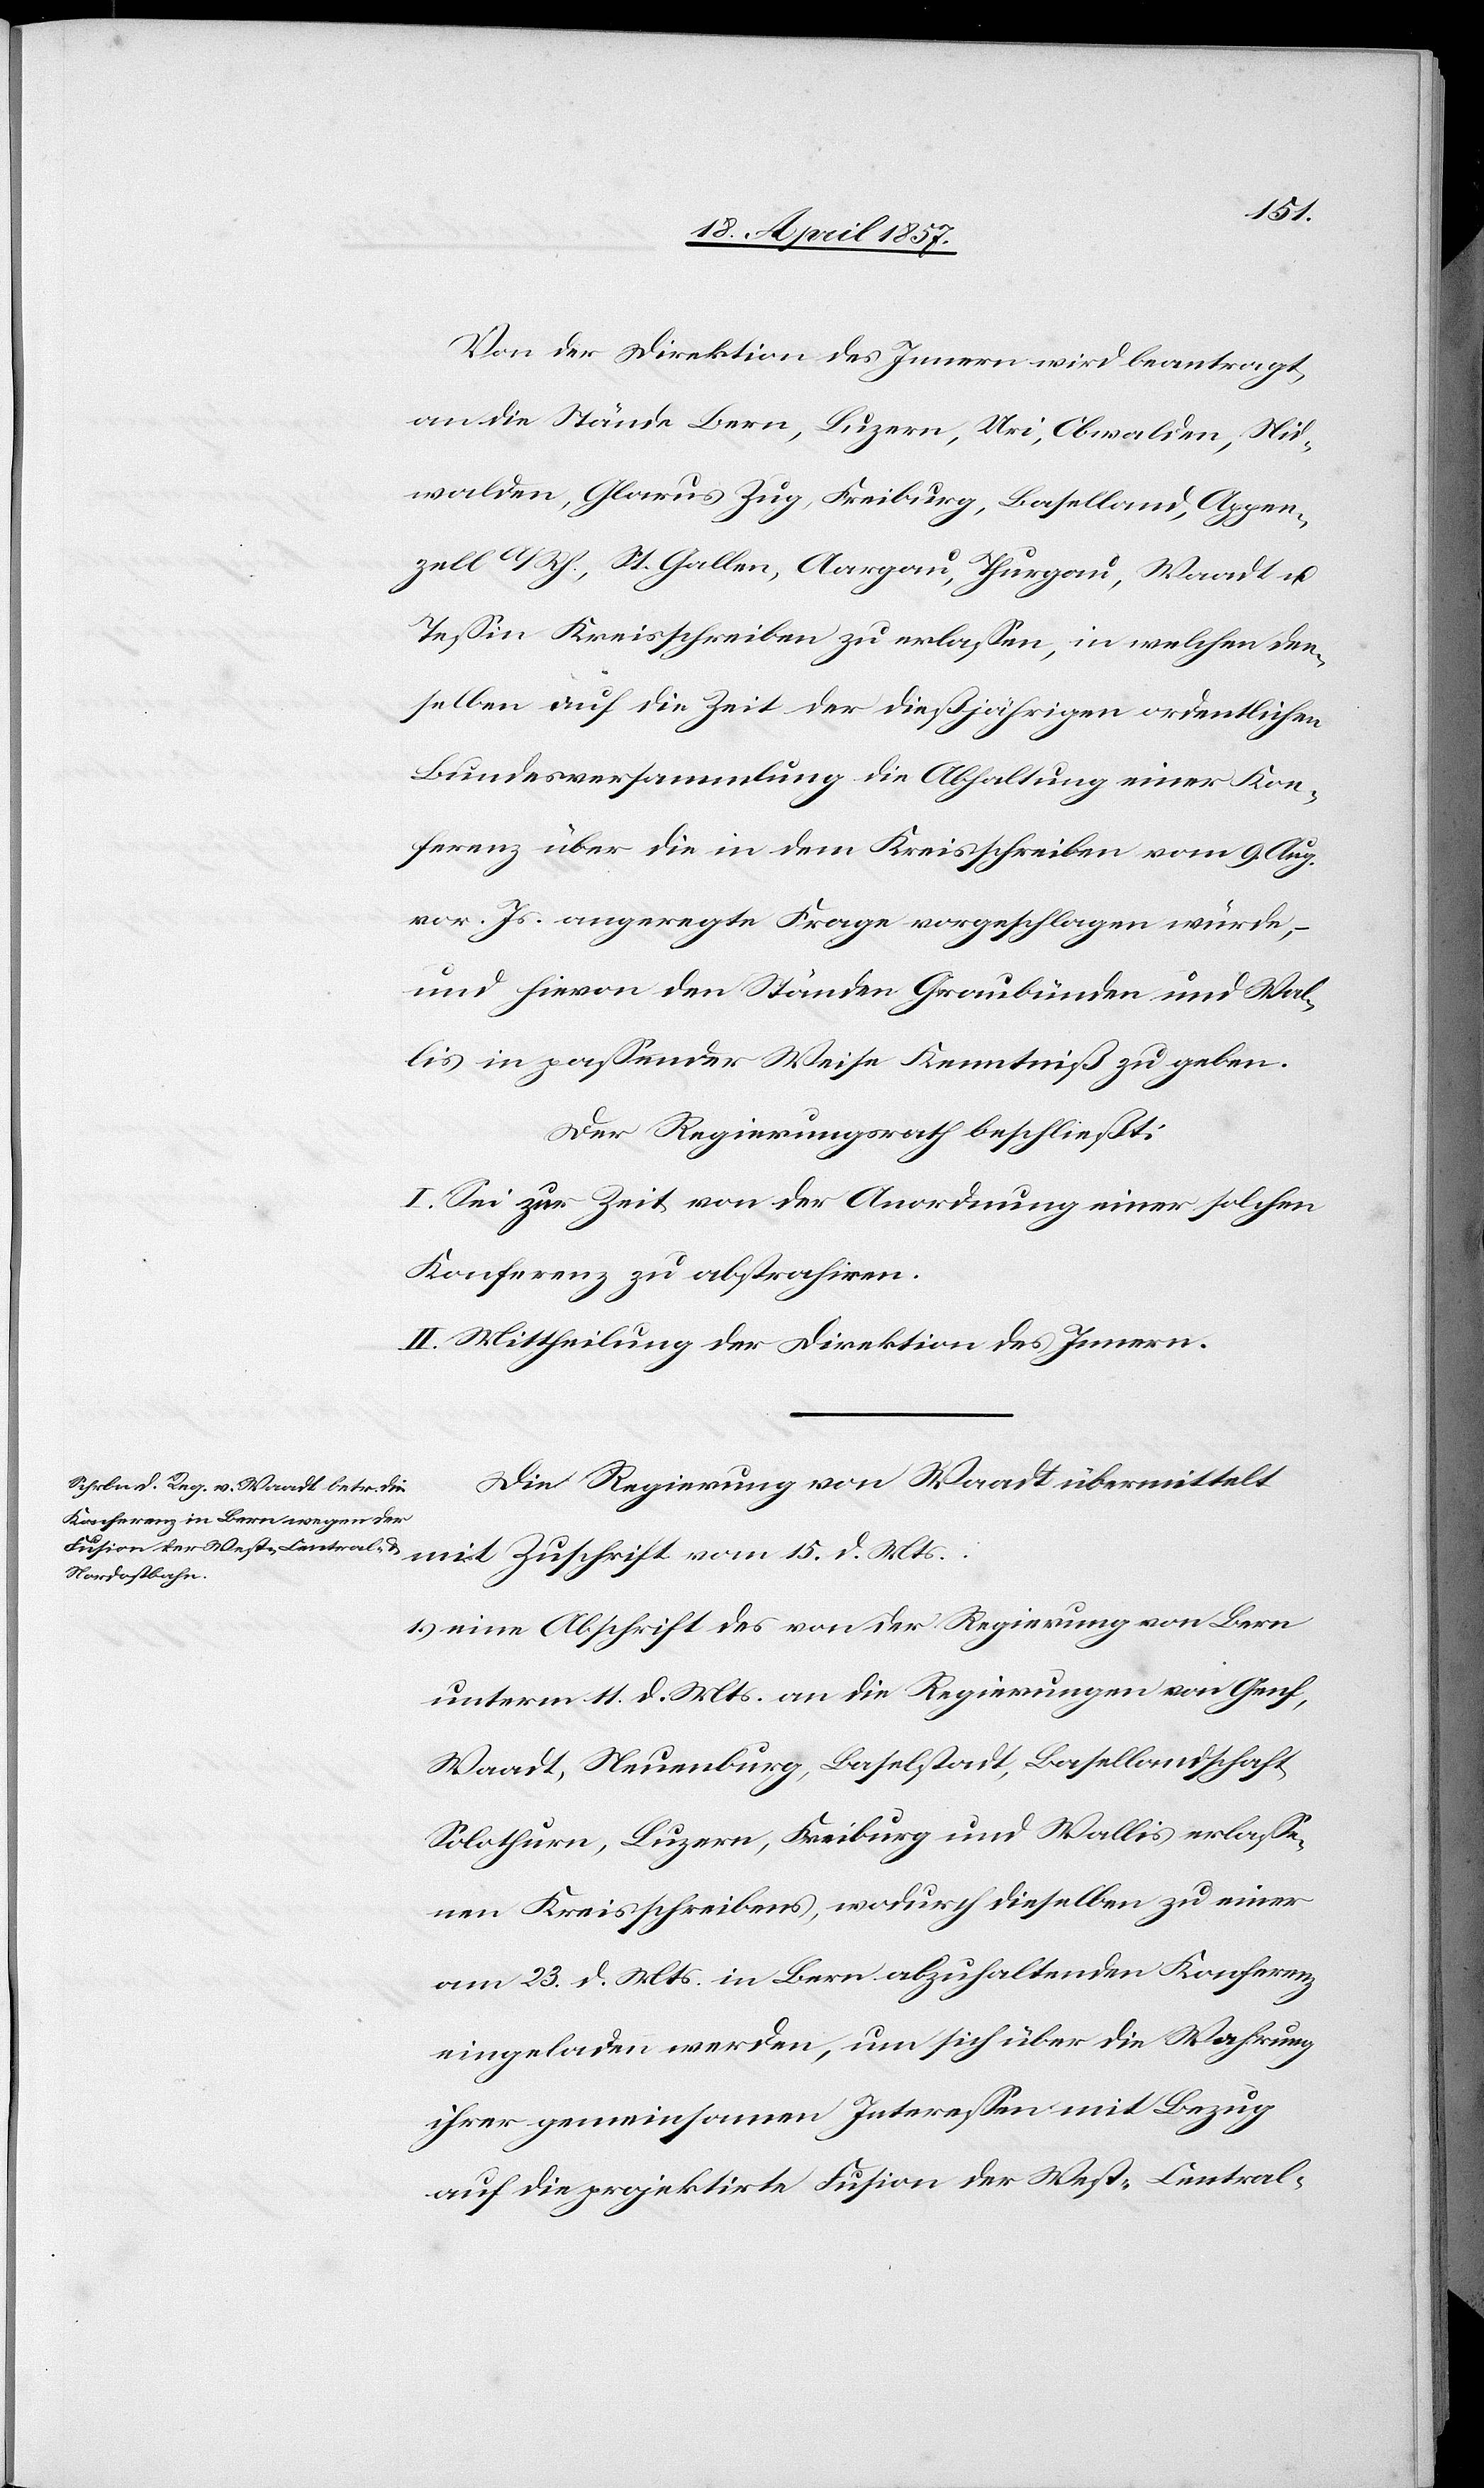
Von der Direktion des Innern wird beantragt,
an die Stände Bern, Luzern, Uri, Obwalden, Nid¬
walden, Glarus[,] Zug, Freiburg, Baselland, Appen¬
zell A/Rh., St. Gallen, Aargau, Thurgau, Waadt u.
Tessin Kreisschreiben zu erlassen, in welchen den¬
selben auf die Zeit der dießjährigen ordentlichen
Bundesversammlung die Abhaltung einer Kon¬
ferenz über die in dem Kreisschreiben vom 9. Aug.
vor. Js. angeregte Frage vorgeschlagen würde,
und hievon den Ständen Graubünden und Wal¬
lis in passender Weise Kenntniß zu geben.
Der Regierungsrath beschließt:
I. Sei zur Zeit von der Anordnung einer solchen
Konferenz zu abstrahiren.
II. Mittheilung der Direktion des Innern.
Die Regierung von Waadt übermittelt
mit Zuschrift vom 15. d. Mts.:
1.) eine Abschrift des von der Regierung von Bern
unterm 11. d. Mts. an die Regierungen von Genf,
Waadt, Neuenburg, Baselstadt, Basellandschaft,
Solothurn, Luzern, Freiburg und Wallis erlasse¬
nen Kreisschreibens, wodurch dieselben zu einer
am 23. d. Mts. in Bern abzuhaltenden Konferenz
eingeladen werden, um sich über die Wahrung
ihrer gemeinsamen Interessen mit Bezug
auf die projektirte Fusion der West-[,] Central-